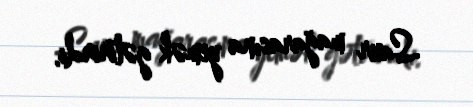
Saur mağarasına yemək gətirirdi.